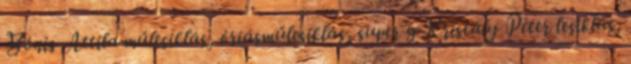
Bónis Attila műlesiklás, óriásműlesiklás, super g Kristály Péter lesiklás,